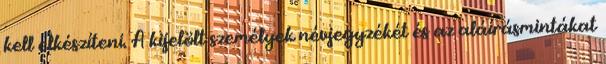
kell elkészíteni. A kijelölt személyek névjegyzékét és az aláírásmintákat